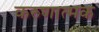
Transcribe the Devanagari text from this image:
करुणात्मक